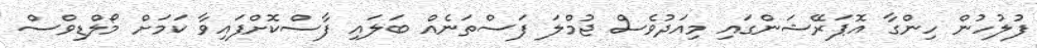
ފުލުހުން ހިންގާ އޮޕަރޭޝަންގައި މިއަދުވެސް ޖުމްލަ ފަސްތަނެއް ބަަލައި ފާސްކޮށްފައިވާ ކަމަށް މޯލްޑިވްސް